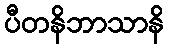
ပီတနိဘာသာနိ